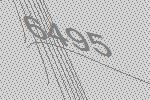
6495